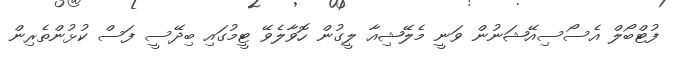
ފުޓްބޯލް އެސޯސިއޭޝަނުން ވަނީ މެލޭޝިއާ ލީގުން ހޮވާލެވޭ ޓީމުގައި ބިދޭސީ ފަސް ކުޅުންތެރިން